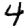
Digit: 4